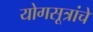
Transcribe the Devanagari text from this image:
योगसूत्रांचे